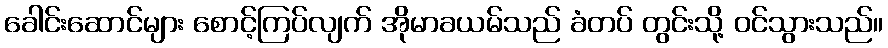
ခေါင်းဆောင်များ စောင့်ကြပ်လျက် အိုမာခယမ်သည် ခံတပ် တွင်းသို့ ဝင်သွားသည်။